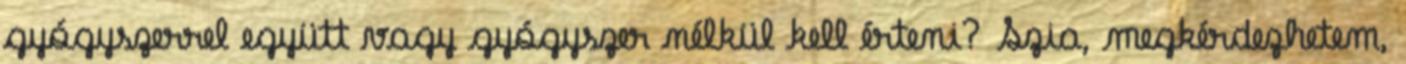
gyógyszerrel együtt vagy gyógyszer nélkül kell érteni? Szia, megkérdezhetem,